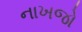
નાખજો